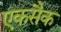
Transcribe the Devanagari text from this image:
एकसैक